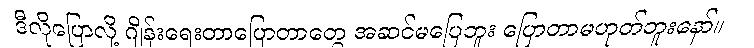
ဒီလိုပြောလို့ ဂျိန်းရေးတာပြောတာတွေ အဆင်မပြေဘူး ပြောတာမဟုတ်ဘူးနော်။